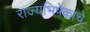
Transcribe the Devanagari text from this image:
राज्यभिषेकाचे